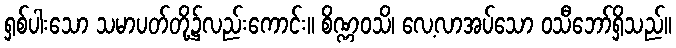
ရှစ်ပါးသော သမာပတ်တို့၌လည်းကောင်း။ စိဏ္ဏဝသိ၊ လေ့လာအပ်သော ဝသီဘော်ရှိသည်။